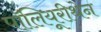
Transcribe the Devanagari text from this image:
पॉलियूरीथेन